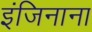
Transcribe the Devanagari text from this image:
इंजिनाना